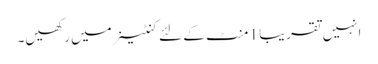
انہیں تقریبا 1 منٹ کے لئے کنٹینر میں رکھیں۔